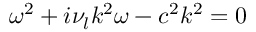
\omega ^ { 2 } + i \nu _ { l } k ^ { 2 } \omega - c ^ { 2 } k ^ { 2 } = 0